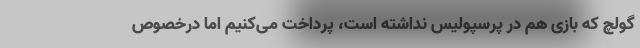
گولچ که بازی هم در پرسپولیس نداشته است، پرداخت می‌کنیم اما درخصوص